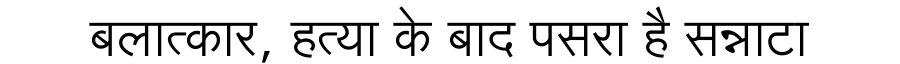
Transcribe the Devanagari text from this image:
बलात्कार, हत्या के बाद पसरा है सन्नाटा